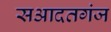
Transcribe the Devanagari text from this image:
सआदतगंज